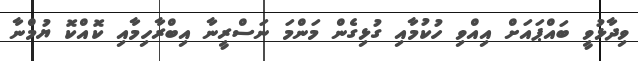
ވިދާޅުވީ ބައްޕައަށް އިއްވި ހުކުމާއި ގުޅިގެން މަންމަ ނަސްރީނާ އިބްރާހިމާއި ކޮއްކޮ ޔުމްނާ